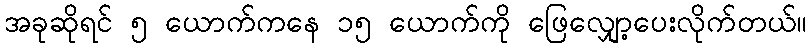
အခုဆိုရင် ၅ ယောက်ကနေ ၁၅ ယောက်ကို ဖြေလျှော့ပေးလိုက်တယ်။